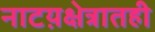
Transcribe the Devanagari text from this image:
नाटय़क्षेत्रातही